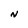
Character: N